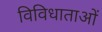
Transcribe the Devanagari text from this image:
विविधाताओं